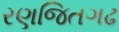
રણજિતગઢ